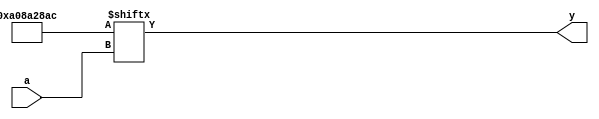

// VERIFIC-SKIP

module top(a, y);

input signed [4:0] a;
output signed y;

integer i = 0, j = 0;
reg [31:0] lut;

initial begin
	for (i = 0; i < 32; i = i+1) begin
		lut[i] = i > 1;
		for (j = 2; j*j <= i; j = j+1)
			if (i % j == 0)
				lut[i] = 0;
	end
end

assign y = lut[a];

endmodule